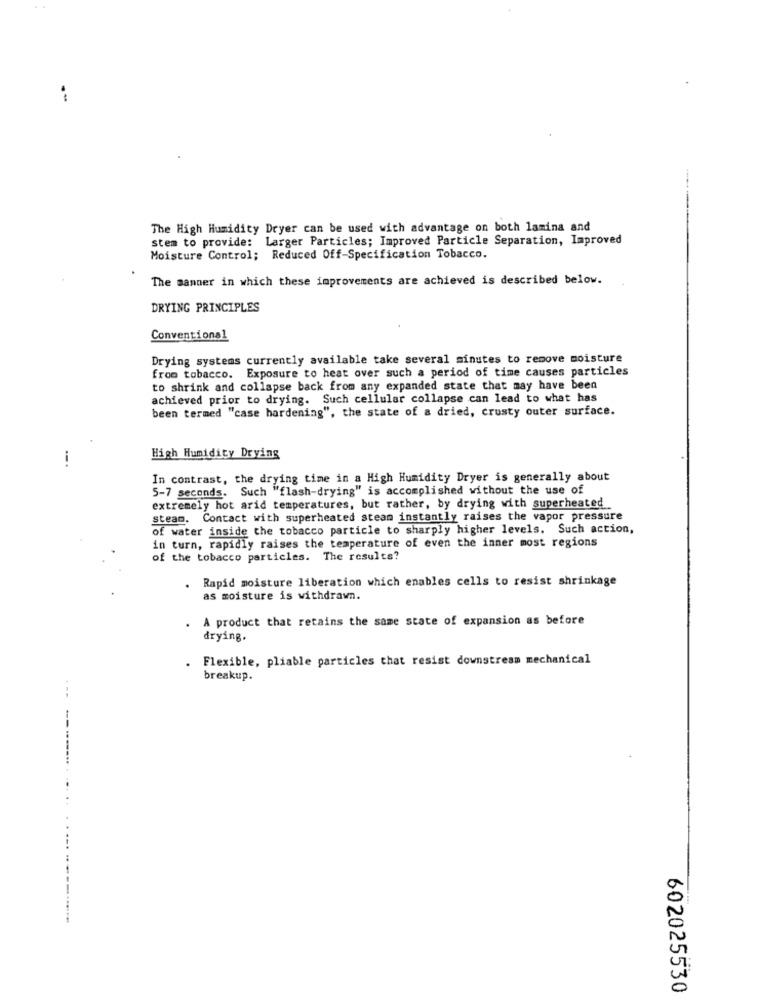
The High Humidity Dryer can be used with advantage on both lamina and
stem to provide: Larger Particles; Improved Particle Separation, Improved
Moisture Control; Reduced Off-Specification Tobacco.
The manner in which these improvements are achieved is described below.
DRYING PRINCIPLES
Conventional
Drying systems currently available take several minutes to remove moisture
from tobacco. Exposure to heat over such a period of time causes particles
to shrink and collapse back from any expanded state that may have been
achieved prior to drying. Such cellular collapse can lead to what has
been termed "case hardening", the state of a dried, crusty outer surface.
High Humidity Drying
In contrast, the drying time in a High Humidity Dryer is generally about
5-7 seconds. Such "flash-drying" is accomplished without the use of
extremely hot arid temperatures, but rather, by drying with superheated
steam. Contact with superheated steam instantly raises the vapor pressure
of water inside the tobacco particle to sharply higher levels. Such action,
in turn, rapidly raises the temperature of even the inner most regions
of the tobacco particles. The results?
. Rapid moisture liberation which enables cells to resist shrinkage
as moisture is withdrawn.
A product that retains the same state of expansion as before
drying.
Flexible, pliable particles that resist downstream mechanical
breakup.
---
-----.... .....
---------
602025530